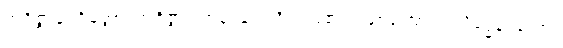
အဝိဇ္ဇာပုဗ္ဗင်္ဂမတ္တာ၊ အဝိဇ္ဇာပြဓာန်းခြင်း ရှိသည်၏အဖြစ်ကြောင့်။ သိဒ္ဓေန၊ သော။